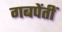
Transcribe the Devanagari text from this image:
गबपेंतीं